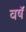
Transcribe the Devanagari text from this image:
वषॅ